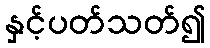
နှင့်ပတ်သတ်၍